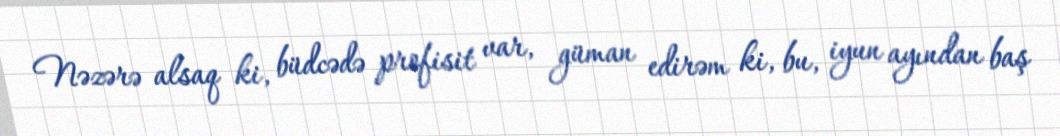
Nəzərə alsaq ki, büdcədə profisit var, güman edirəm ki, bu, iyun ayından baş